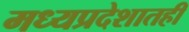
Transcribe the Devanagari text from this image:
मध्यप्रदेशातही